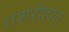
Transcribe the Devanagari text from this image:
तशरीहात